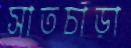
সাতচাড়া